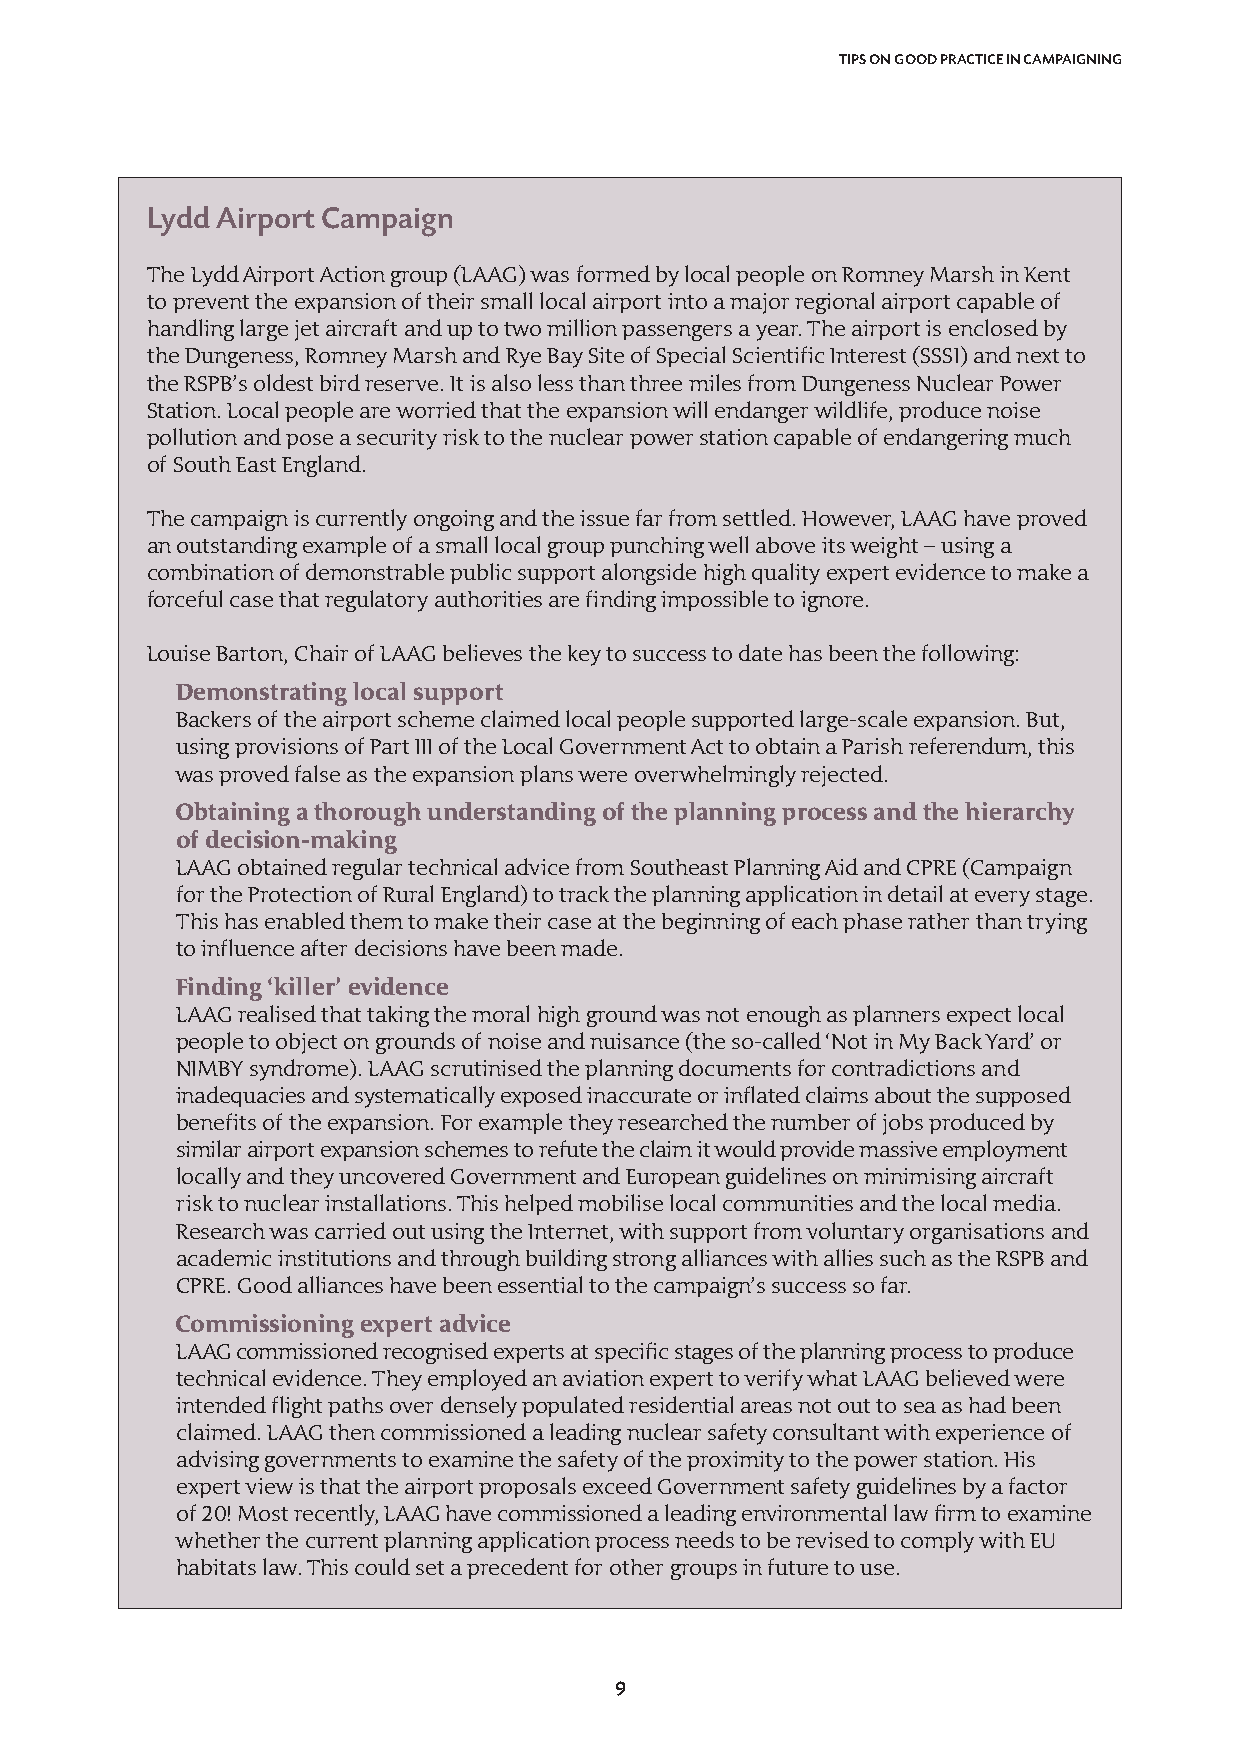
TIPS ON GOOD PRACTICE IN CAMPAIGNING
 Lydd Airport Campaign
 The Lydd Airport Action group (LAAG) was formed by local people on Romney Marsh in Kent
 to prevent the expansion of their small local airport into a major regional airport capable of
 handling large jet aircraft and up to two million passengers a year. The airport is enclosed by
 the Dungeness, Romney Marsh and Rye Bay Site of Special Scientific Interest (SSSI) and next to
 the RSPB’s oldest bird reserve. It is also less than three miles from Dungeness Nuclear Power
 Station. Local people are worried that the expansion will endanger wildlife, produce noise
 pollution and pose a security risk to the nuclear power station capable of endangering much
 of South East England.
 The campaign is currently ongoing and the issue far from settled. However, LAAG have proved
 an outstanding example of a small local group punching well above its weight –using a
 combination of demonstrable public support alongside high quality expert evidence to make a
 forceful case that regulatory authorities are finding impossible to ignore.
 Louise Barton, Chair of LAAG believes the key to success to date has been the following:
 Demonstrating local support
 Backers of the airport scheme claimed local people supported large-scale expansion. But,
 using provisions of Part III of the Local Government Act to obtain a Parish referendum, this
 was proved false as the expansion plans were overwhelmingly rejected.
 Obtaining a thorough understanding of the planning process and the hierarchy
 of decision-making
 LAAG obtained regular technical advice from Southeast Planning Aid and CPRE (Campaign
 for the Protection of Rural England) to track the planning application in detail at every stage.
 This has enabled them to make their case at the beginning of each phase rather than trying
 to influence after decisions have been made.
 Finding ‘killer’ evidence
 LAAG realised that taking the moral high ground was not enough as planners expect local
 people to object on grounds of noise and nuisance (the so-called ‘Not in My Back Yard’ or
 NIMBY syndrome). LAAG scrutinised the planning documents for contradictions and
 inadequacies and systematically exposed inaccurate or inflated claims about the supposed
 benefits of the expansion. For example they researched the number of jobs produced by
 similar airport expansion schemes to refute the claim it would provide massive employment
 locally and they uncovered Government and European guidelines on minimising aircraft
 risk to nuclear installations. This helped mobilise local communities and the local media.
 Research was carried out using the Internet, with support from voluntary organisations and
 academic institutions and through building strong alliances with allies such as the RSPB and
 CPRE. Good alliances have been essential to the campaign’s success so far.
 Commissioning expert advice
 LAAG commissioned recognised experts at specific stages of the planning process to produce
 technical evidence. They employed an aviation expert to verify what LAAG believed were
 intended flight paths over densely populated residential areas not out to sea as had been
 claimed. LAAG then commissioned a leading nuclear safety consultant with experience of
 advising governments to examine the safety of the proximity to the power station. His
 expert view is that the airport proposals exceed Government safety guidelines by a factor
 of 20! Most recently, LAAG have commissioned a leading environmental law firm to examine
 whether the current planning application process needs to be revised to comply with EU
 habitats law. This could set a precedent for other groups in future to use.
 9